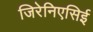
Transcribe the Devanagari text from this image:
जिरेनिएसिई